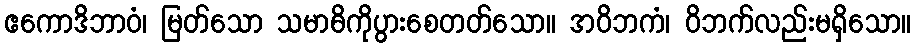
ဧကောဒိဘာဝံ၊ မြတ်သော သမာဓိကိုပွားစေတတ်သော။ အဝိဘကံ၊ ဝိဘက်လည်းမရှိသော။